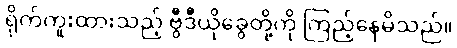
ရိုက်ကူးထားသည့် ဗွီဒီယိုခွေတို့ကို ကြည့်နေမိသည်။